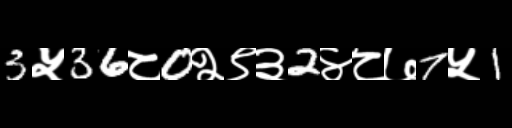
Text: 3५36८0२९३2४८७7५1